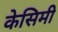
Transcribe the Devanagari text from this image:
केसिमी